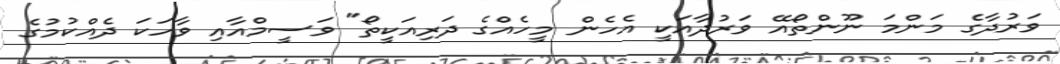
ވަރުދާގެ މަންމަ ނޫންތޯއޭ ވަރުދާއަކީ އެހެން މީހެއްގެ ދަރިއަކީތޯ" ވަސީމްއާއި ވާހަކަ ދެއްކުމުގެ